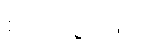
စုံလင်စွာဖြင့်